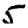
Digit: 5